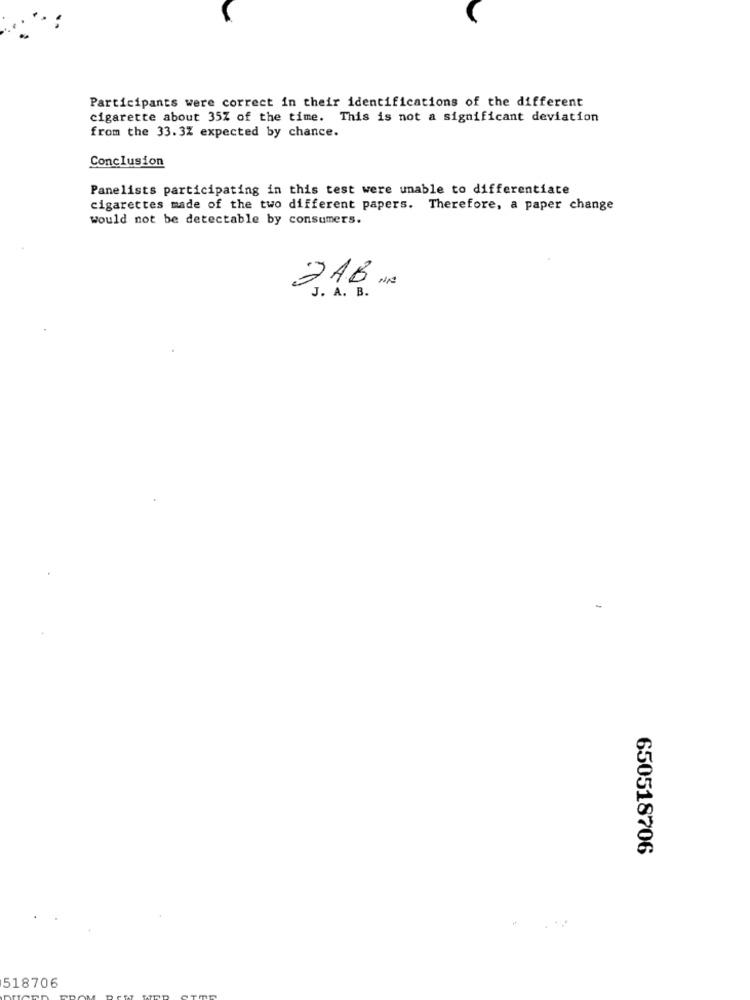
Participants were correct in their identifications of the different
cigarette about 35% of the time. This is not a significant deviation
from the 33.3% expected by chance.
Conclusion
Panelists participating in this test were unable to differentiate
cigarettes made of the two different papers. Therefore, a paper change
would not be detectable by consumers.
DAB N/
J. A. B.
650518706
518706